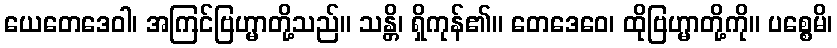
ယေတေဒေဝါ၊ အကြင်ဗြဟ္မာတို့သည်။ သန္တိ၊ ရှိကုန်၏။ တေဒေဝေ၊ ထိုဗြဟ္မာတို့ကို။ ပစ္စေမိ၊